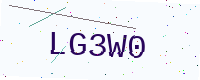
Text: LG3W0